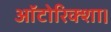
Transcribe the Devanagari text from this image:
ऑटोरिक्शा।